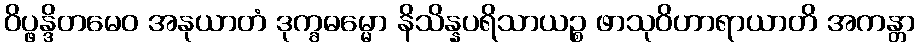
ဝိပ္ဖန္ဒိတမေဝ အနုယာတံ ဒုက္ခဓမ္မော နိသိန္နပရိသာယဉ္စ ဖာသုဝိဟာရာယာတိ အကန္တာ